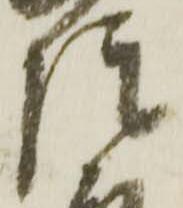
院